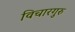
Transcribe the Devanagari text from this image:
विचारगुरु